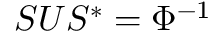
S U S ^ { * } = \Phi ^ { - 1 }